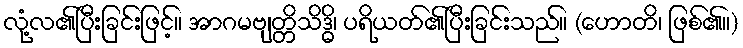
လုံ့လ၏ပြီးခြင်းဖြင့်။ အာဂမဗျတ္တိသိဒ္ဓိ၊ ပရိယတ်၏ပြီးခြင်းသည်။ (ဟောတိ၊ ဖြစ်၏။)